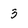
Character: 3